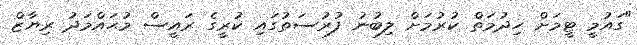
"ގައުމީ ޓީމަށް ހިދުމަތް ކުރުމަށް ލިބުނު ފުރުސަތުގައި ކުރީގެ ރައީސް މުޙައްމަދު ރިޔާޒް